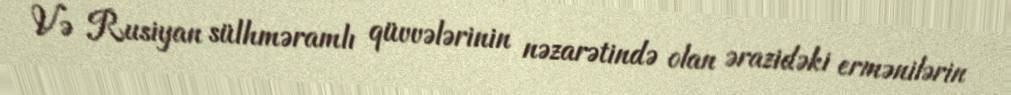
Və Rusiyan sülhməramlı qüvvələrinin nəzarətində olan ərazidəki ermənilərin